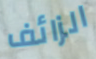
الزائف